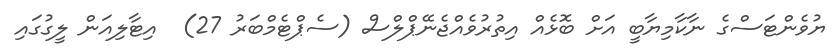
ޔުވެންޓަސްގެ ނާކާމިޔާބީ އަށް ބޮޅެއް އިތުރުވެއްޖެނޭޕްލްސް (ސެޕްޓެމްބަރު 27)  އިޓާލިއަން ލީގުގައި